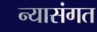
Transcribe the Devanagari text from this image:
न्यासंगत